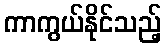
ကာကွယ်နိုင်သည့်